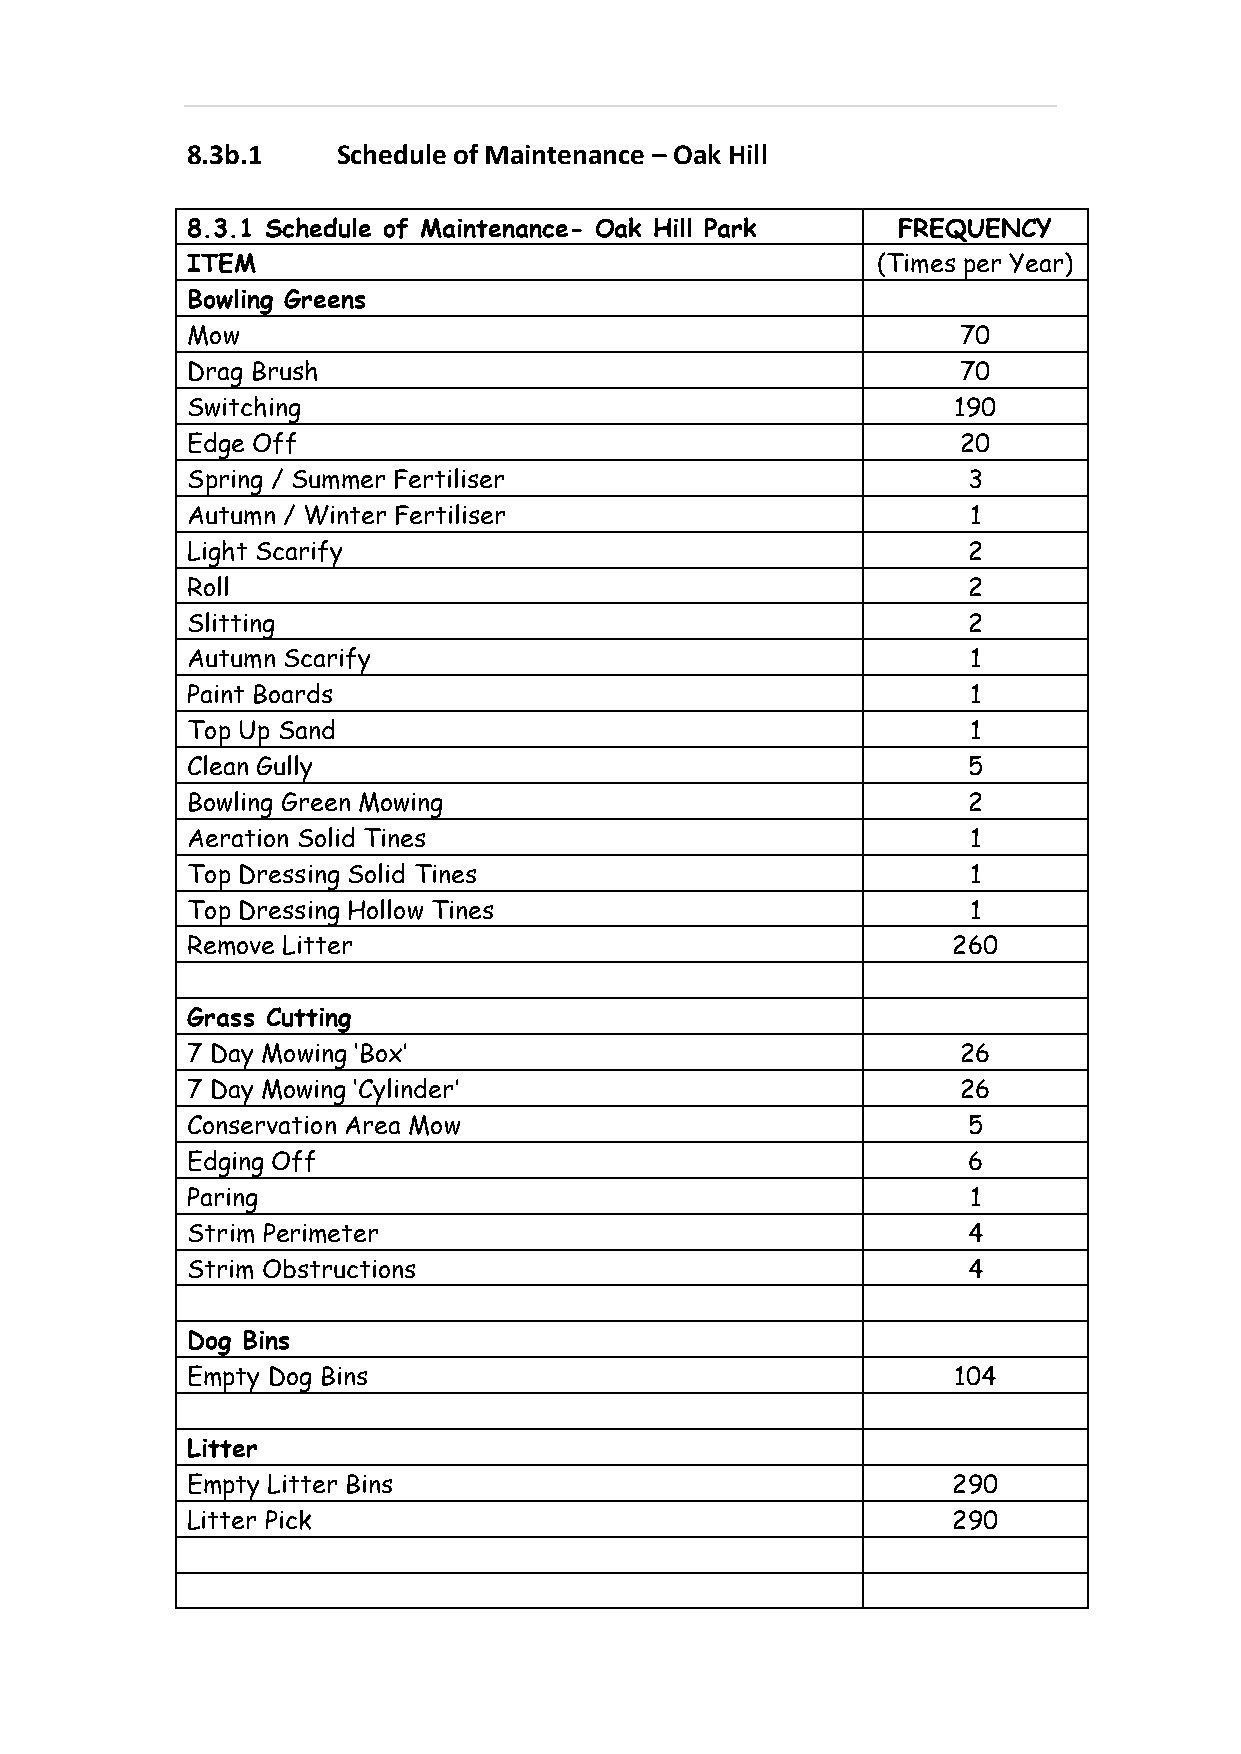
8.3b.1    Schedule of Maintenance – Oak Hill
 8.3.1 Schedule of Maintenance- Oak Hill Park   FREQUENCY
 ITEM                                          (Times per Year)
 Bowling Greens
 Mow                                                 70
 Drag Brush                                          70
 Switching                                          190
 Edge Off                                            20
 Spring / Summer Fertiliser                          3
 Autumn / Winter Fertiliser                          1
 Light Scarify                                       2
 Roll                                                2
 Slitting                                            2
 Autumn Scarify                                      1
 Paint Boards                                        1
 Top Up Sand                                         1
 Clean Gully                                         5
 Bowling Green Mowing                                2
 Aeration Solid Tines                                1
 Top Dressing Solid Tines                            1
 Top Dressing Hollow Tines                           1
 Remove Litter                                      260
 Grass Cutting
 7 Day Mowing ‘Box’                                  26
 7 Day Mowing ‘Cylinder’                             26
 Conservation Area Mow                               5
 Edging Off                                          6
 Paring                                              1
 Strim Perimeter                                     4
 Strim Obstructions                                  4
 Dog Bins
 Empty Dog Bins                                     104
 Litter
 Empty Litter Bins                                  290
 Litter Pick                                        290